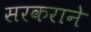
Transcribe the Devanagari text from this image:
सरकराने